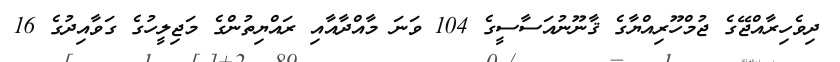
ދިވެހިރާއްޖޭގެ ޖުމްހޫރިއްޔާގެ ޤާނޫނުއަސާސީގެ 104 ވަނަ މާއްދާއާއި ރައްޔިތުންގެ މަޖިލީހުގެ ގަވާއިދުގެ 16